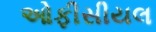
ઓફીસીયલ